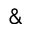
\&